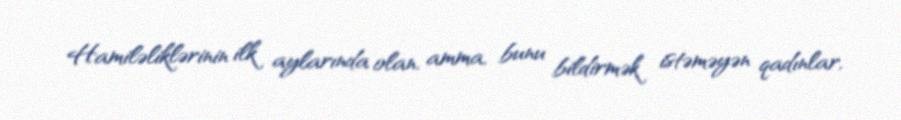
Hamiləliklərinin ilk aylarında olan, amma, bunu bildirmək istəməyən qadınlar,